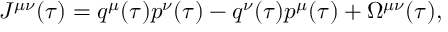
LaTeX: J ^ { \mu \nu } ( \tau ) = q ^ { \mu } ( \tau ) p ^ { \nu } ( \tau ) - q ^ { \nu } ( \tau ) p ^ { \mu } ( \tau ) + \Omega ^ { \mu \nu } ( \tau ) ,